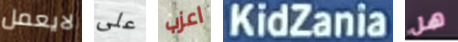
لايعمل على اعزب KidZania هل